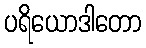
ပရိယောဒါတော